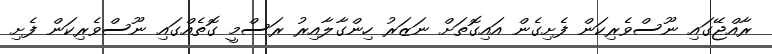
ރާއްޖޭގައި ނޫސްވެރިކަން ފެށިގެން އައިގޮތަށް ނަޒަރު ހިންގާލާއިރު ރަސްމީ ގޮތެއްގައި ނޫސްވެރިކަން ފެށި